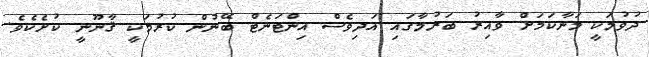
ދުވުމަކީ މަނާކަމަށް ވާއިރު ބަރުމާގައި އަދިވެސް އިންޓަނެޓް ބޭނުން ކުރުމަކީ ޤާނޫނީ ކުށެކެވެ.